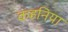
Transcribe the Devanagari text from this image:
कहनिया